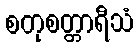
စတုစတ္တာရီသံ